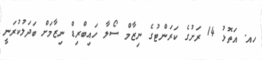
ހއ. އަތޮޅު 14 ރަށުގެ ކަރަންޓުގެ ނިޒާމް ސޯލާ ހައިބްރިޑް ނިޒާމަށް ބަދަލުކުރަނީ